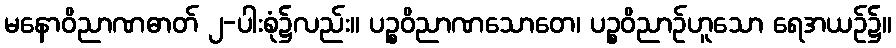
မနောဝိညာဏဓာတ် ၂-ပါးစုံ၌လည်း။ ပဉ္စဝိညာဏသောတေ၊ ပဉ္စဝိညာဉ်ဟူသော ရေအယဉ်၌။